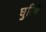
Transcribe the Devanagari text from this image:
घुरिये